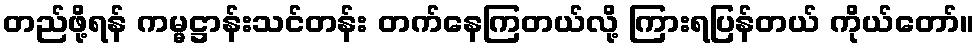
တည်ဖို့ရန် ကမ္မဋ္ဌာန်းသင်တန်း တက်နေကြတယ်လို့ ကြားရပြန်တယ် ကိုယ်တော်။